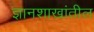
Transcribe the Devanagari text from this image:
ज्ञानशाखांतील